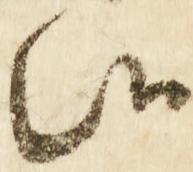
候